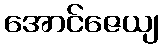
အောင်ဇေယျ